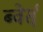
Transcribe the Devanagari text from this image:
ब्वेर्स्